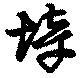
垶